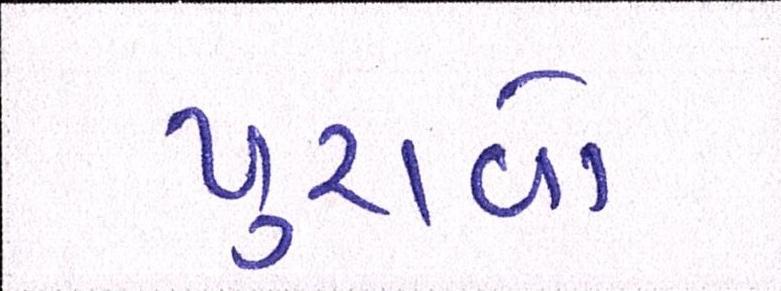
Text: પુરાવો